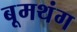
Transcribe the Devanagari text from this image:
बूमथंग